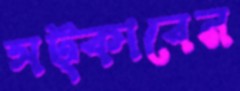
সট্‌কাবেন